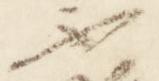
不